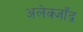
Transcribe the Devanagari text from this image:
अलेक्जाँद्र